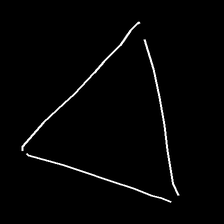
Glyph: convergence